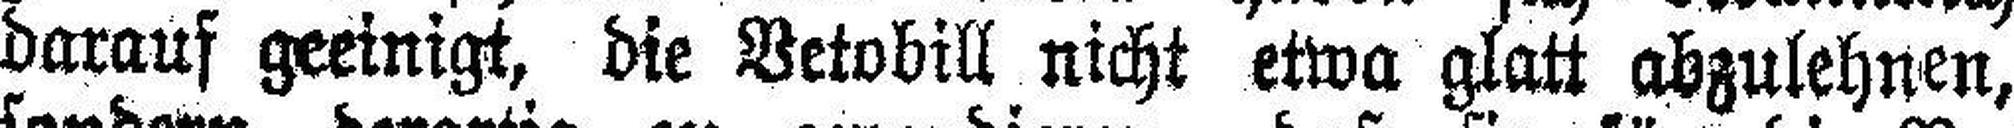
darauf geeinigt, die Betobill nicht etwa glatt abzulehnen,